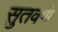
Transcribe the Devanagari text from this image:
सुतवणे